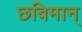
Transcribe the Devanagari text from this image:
छबिमान्